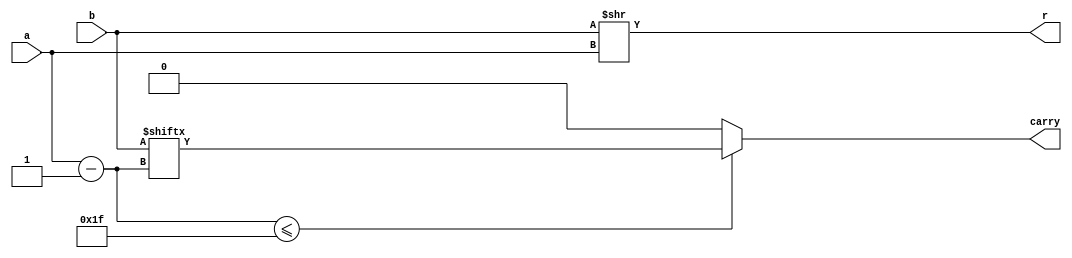
`timescale 1ns / 1ns
module SRL(
    input [31:0] a,
    input [31:0] b,
    output [31:0] r,
    output reg carry
    );
     integer i;
     always@(*) 
     begin
     i=a-1;
     if(i<=31)
         carry=b[i];
     else
         carry=0;
     end
    assign r=b>>a;
endmodule